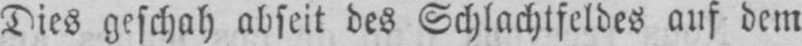
Dies geschah abseits des Schlachtfeldes auf dem